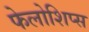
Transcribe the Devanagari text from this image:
फेलोशिप्स